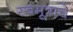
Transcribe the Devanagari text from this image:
स्वमूत्राचे